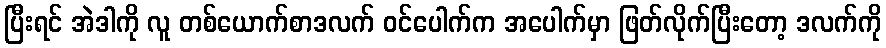
ပြီးရင် အဲဒါကို လူ တစ်ယောက်စာဒလက် ဝင်ပေါက်က အပေါက်မှာ ဖြတ်လိုက်ပြီးတော့ ဒလက်ကို